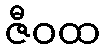
ဇီဝထ